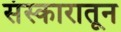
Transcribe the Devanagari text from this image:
संस्कारातून